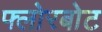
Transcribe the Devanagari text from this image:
फ्लोरबोट